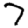
Digit: 7